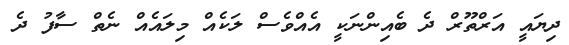
ދިޔައީ އަރްތޫރް ދެ ބެއިންނަކީ އެއްވެސް ލަކެއް މިލައެއް ނެތް ސާފު ދެ